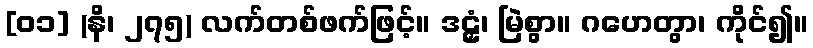
[၀၁] (နိ၊ ၂၇၅) လက်တစ်ဖက်ဖြင့်။ ဒဠှံ၊ မြဲစွာ။ ဂဟေတွာ၊ ကိုင်၍။